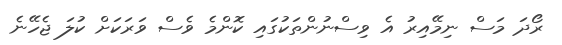
ރޯދަ މަސް ނިމޭއިރު އެ ވިސްނުންތަކުގައި ކޮންމެ ވެސް ވަރަކަށް ކުލަ ޖެހޭނެ